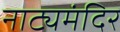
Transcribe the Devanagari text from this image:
नाट्यमंदिर